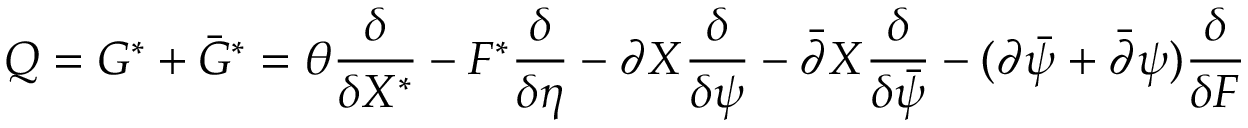
Q = G ^ { \ast } + \bar { G } ^ { \ast } = \theta { \frac { \delta } { \delta X ^ { \ast } } } - F ^ { \ast } { \frac { \delta } { \delta \eta } } - \partial X { \frac { \delta } { \delta \psi } } - \bar { \partial } X { \frac { \delta } { \delta \bar { \psi } } } - ( \partial \bar { \psi } + \bar { \partial } \psi ) { \frac { \delta } { \delta F } }